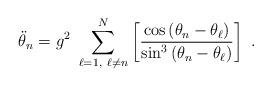
LaTeX: \begin{align*}\ddot{\theta}_{n}=g^{2}~\sum_{\ell =1,~\ell \neq n}^{N}\left[ \frac{\cos\left( \theta _{n}-\theta _{\ell }\right) }{\sin ^{3}\left( \theta_{n}-\theta _{\ell }\right) }\right] ~. \end{align*}